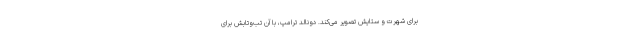
برای شهرت و ستایش تصویر می‌کند. دونالد ترامپ، با آن تب‌وتابش برای